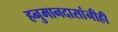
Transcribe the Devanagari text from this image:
हनुमानदासांनीही